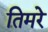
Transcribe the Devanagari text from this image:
तिमरे